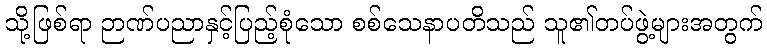
သို့ဖြစ်ရာ ဉာဏ်ပညာနှင့်ပြည့်စုံသော စစ်သေနာပတိသည် သူ၏တပ်ဖွဲ့များအတွက်